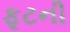
ફૂટની